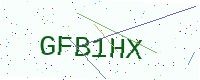
Text: GFB1HX